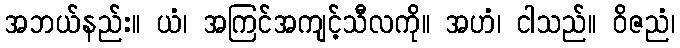
အဘယ်နည်း။ ယံ၊ အကြင်အကျင့်သီလကို။ အဟံ၊ ငါသည်။ ဝိဇညံ၊